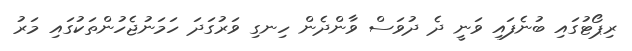
ރިޕޯޓުގައި ބުނެފައި ވަނީ ދެ ދުވަސް ވާންދެން ހިނގި ވަރުގަދަ ހަމަނުޖެހުންތަކުގައި މަރު